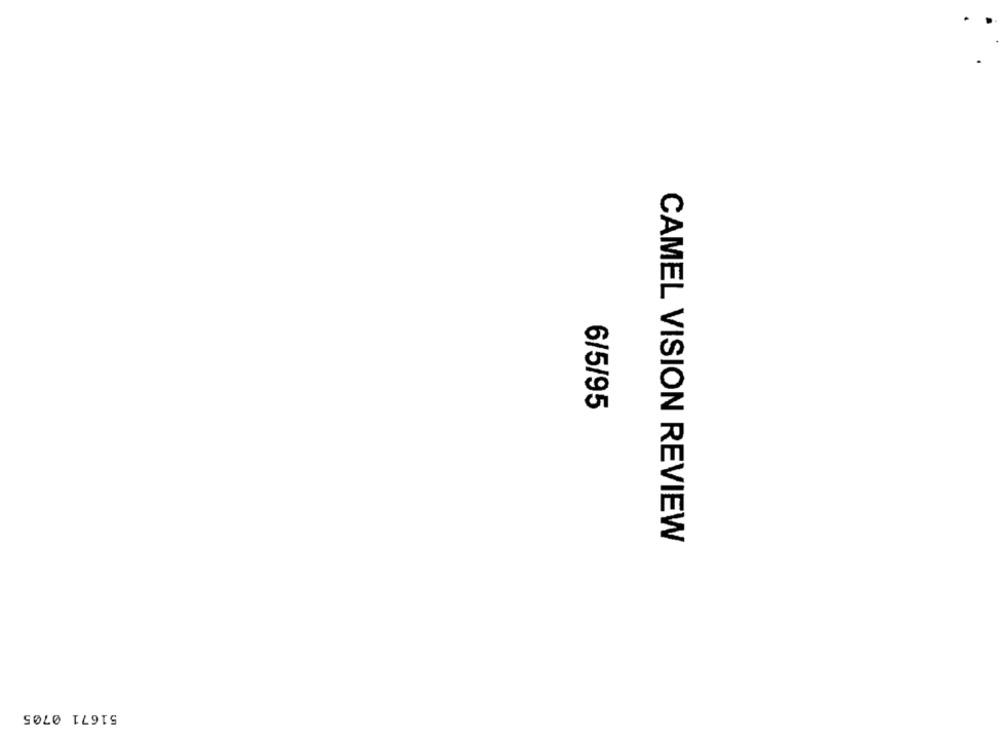
6/5/95
CAMEL VISION REVIEW
51671 0705